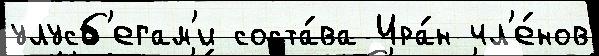
улусб'егам'и соста́ва Ира́н чл'е́нов